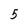
Character: 5